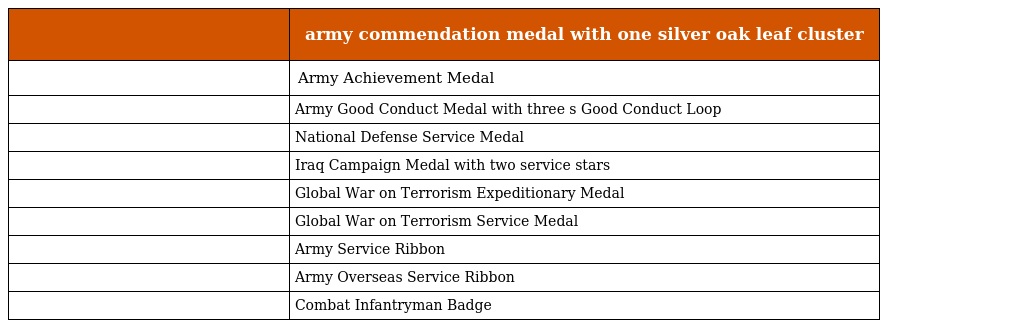
|  | army commendation medal with one silver oak leaf cluster |
 | --- | --- |
 |  | Army Achievement Medal |
 |  | Army Good Conduct Medal with three s Good Conduct Loop |
 |  | National Defense Service Medal |
 |  | Iraq Campaign Medal with two service stars |
 |  | Global War on Terrorism Expeditionary Medal |
 |  | Global War on Terrorism Service Medal |
 |  | Army Service Ribbon |
 |  | Army Overseas Service Ribbon |
 |  | Combat Infantryman Badge |